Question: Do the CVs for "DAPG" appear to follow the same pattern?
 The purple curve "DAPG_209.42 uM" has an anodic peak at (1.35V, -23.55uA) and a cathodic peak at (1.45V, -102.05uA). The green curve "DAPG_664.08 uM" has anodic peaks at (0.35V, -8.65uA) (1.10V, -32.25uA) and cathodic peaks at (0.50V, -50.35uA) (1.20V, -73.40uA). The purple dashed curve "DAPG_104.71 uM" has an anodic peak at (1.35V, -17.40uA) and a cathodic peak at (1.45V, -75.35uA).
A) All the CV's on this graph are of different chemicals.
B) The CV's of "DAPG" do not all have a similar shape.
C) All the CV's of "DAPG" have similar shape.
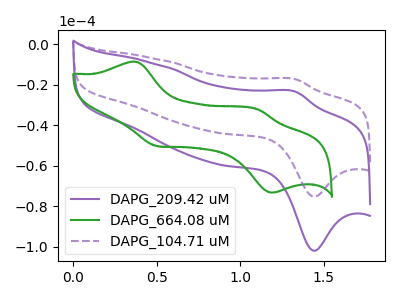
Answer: <think>"DAPG_209.42 uM" and "DAPG_664.08 uM" have a different number of peaks. All the peaks in "DAPG_209.42 uM" have a peak in "DAPG_104.71 uM" at the same potential. "DAPG_664.08 uM" and "DAPG_104.71 uM" have a different number of peaks.
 </think>
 <answer>C) All the CV's of "DAPG" have similar shape.</answer>
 <eval>C</eval>